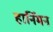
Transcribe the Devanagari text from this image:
हार्निमन